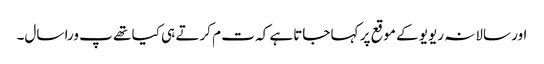
اور سالانہ ریویو کے موقع پر کہا جاتاہے کہ ت م کرتے ہی کیا تھے پ ورا سال۔